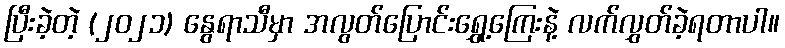
ပြီးခဲ့တဲ့ (၂၀၂၁) နွေရာသီမှာ အလွတ်ပြောင်းရွှေ့ကြေးနဲ့ လက်လွှတ်ခဲ့ရတာပါ။